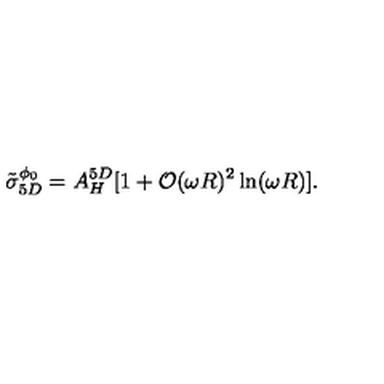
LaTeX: \tilde { \sigma } _ { 5 D } ^ { \phi _ { 0 } } = A _ { H } ^ { 5 D } [ 1 + { \cal O } ( \omega R ) ^ { 2 } \ln ( \omega R ) ] .